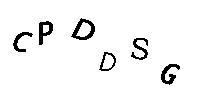
CPDDSG